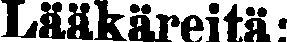
Lääkäreitä: